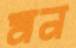
মন